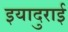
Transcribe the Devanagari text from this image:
इयादुराई